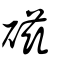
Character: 磁